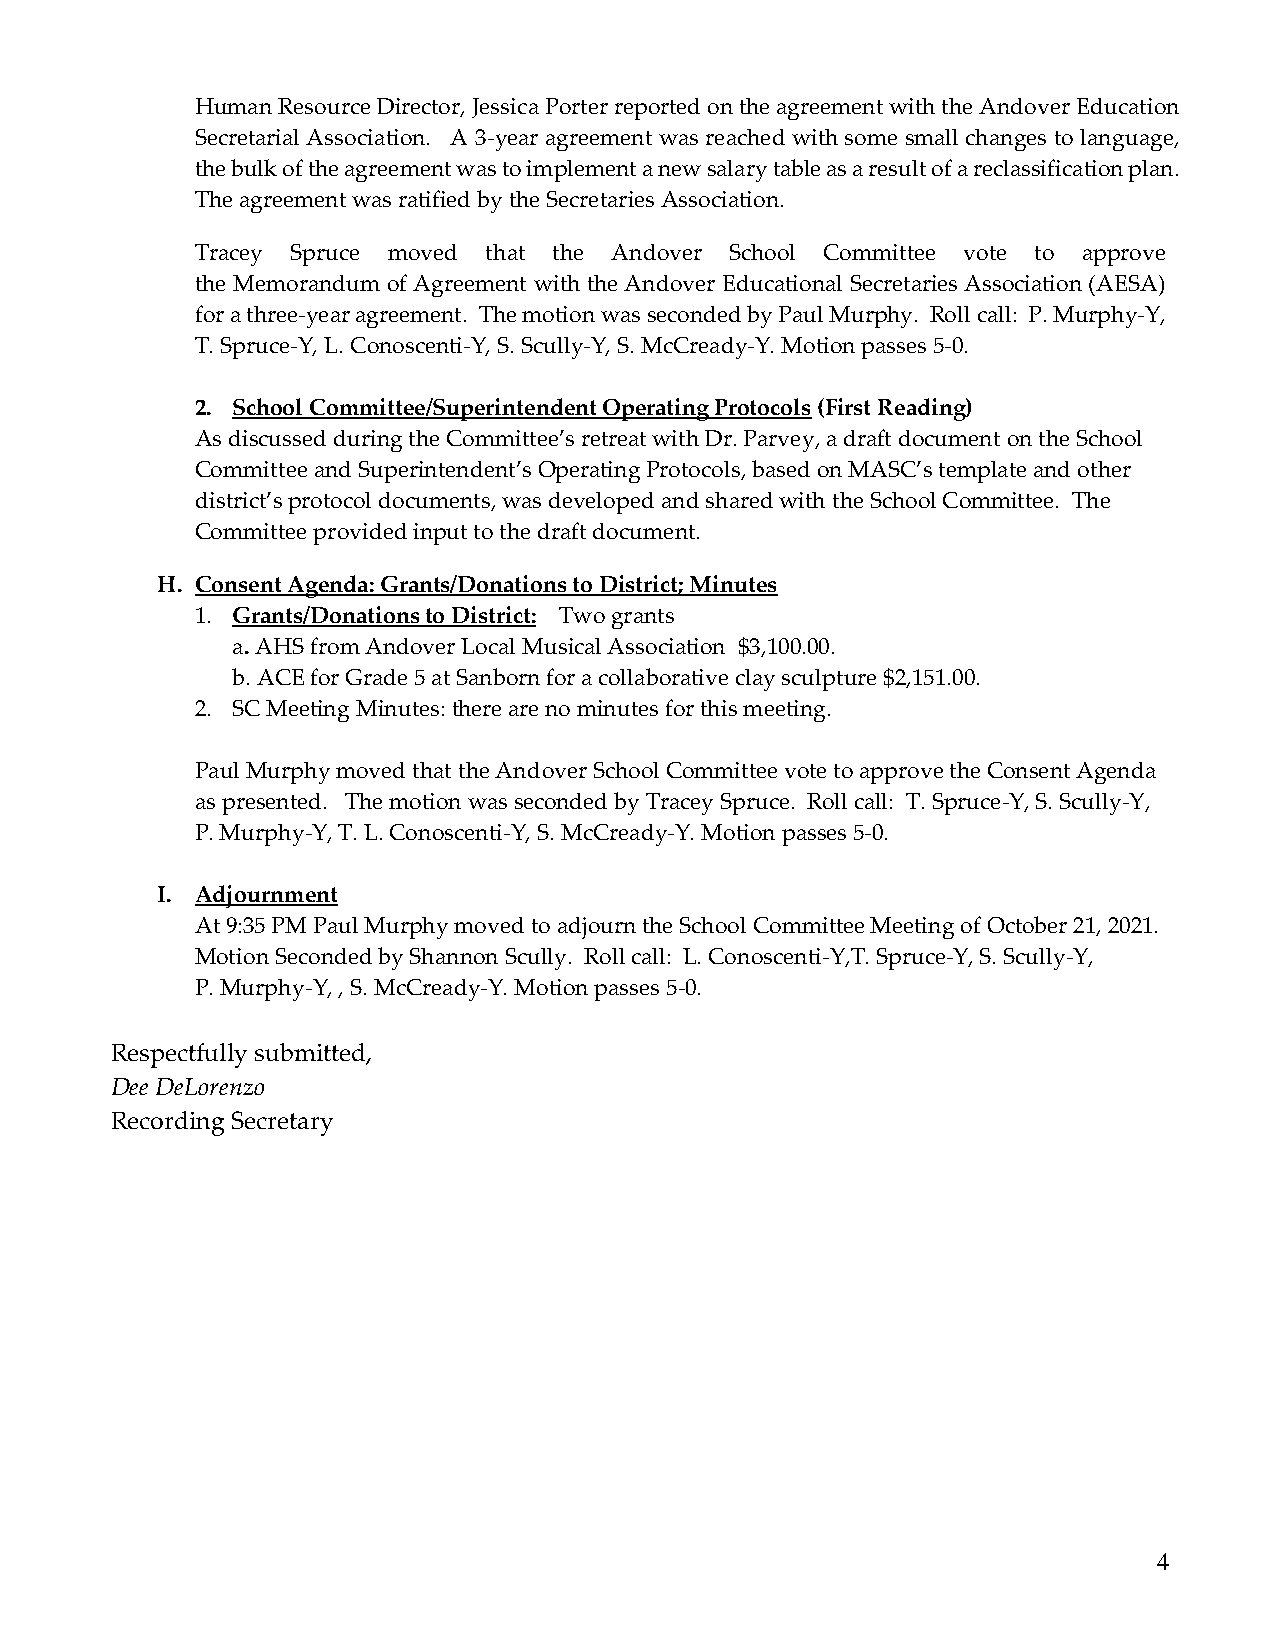
Human Resource Director, Jessica Porter reported on the agreement with the Andover Education
 Secretarial Association. A 3-year agreement was reached with some small changes to language,
 the bulk of the agreement was to implement a new salary table as a result of a reclassification plan.
 The agreement was ratified by the Secretaries Association.
 Tracey Spruce moved that the Andover School Committee vote to approve
 the Memorandum of Agreement with the Andover Educational Secretaries Association (AESA)
 for a three-year agreement. The motion was seconded by Paul Murphy. Roll call: P. Murphy-Y,
 T. Spruce-Y, L. Conoscenti-Y, S. Scully-Y, S. McCready-Y. Motion passes 5-0.
 2. School Committee/Superintendent Operating Protocols (First Reading)
 As discussed during the Committee’s retreat with Dr. Parvey, a draft document on the School
 Committee and Superintendent’s Operating Protocols, based on MASC’s template and other
 district’s protocol documents, was developed and shared with the School Committee. The
 Committee provided input to the draft document.
 H. Consent Agenda: Grants/Donations to District; Minutes
 1. Grants/Donations to District: Two grants
 a. AHS from Andover Local Musical Association $3,100.00.
 b. ACE for Grade 5 at Sanborn for a collaborative clay sculpture $2,151.00.
 2. SC Meeting Minutes: there are no minutes for this meeting.
 Paul Murphy moved that the Andover School Committee vote to approve the Consent Agenda
 as presented. The motion was seconded by Tracey Spruce. Roll call: T. Spruce-Y, S. Scully-Y,
 P. Murphy-Y, T. L. Conoscenti-Y, S. McCready-Y. Motion passes 5-0.
 I. Adjournment
 At 9:35 PM Paul Murphy moved to adjourn the School Committee Meeting of October 21, 2021.
 Motion Seconded by Shannon Scully. Roll call: L. Conoscenti-Y,T. Spruce-Y, S. Scully-Y,
 P. Murphy-Y, , S. McCready-Y. Motion passes 5-0.
 Respectfully submitted,
 Dee DeLorenzo
 Recording Secretary
 4